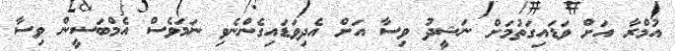
އުމްރާ އަށް ވަޑައިގަތުމަށް ނަޝީދު ވިސާ އަށް އެދިވަޑައިގެންނެވި ނަމަވެސް އެމްބަސީން ވިސާ